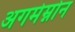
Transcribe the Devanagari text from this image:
अगमेम्नोन